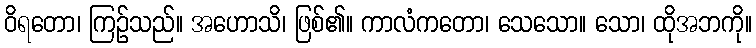
ဝိရတော၊ ကြဉ်သည်။ အဟောသိ၊ ဖြစ်၏။ ကာလံကတော၊ သေသော။ သော၊ ထိုအဘကို။